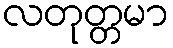
လတုတ္တမာ